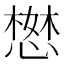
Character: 𢠖